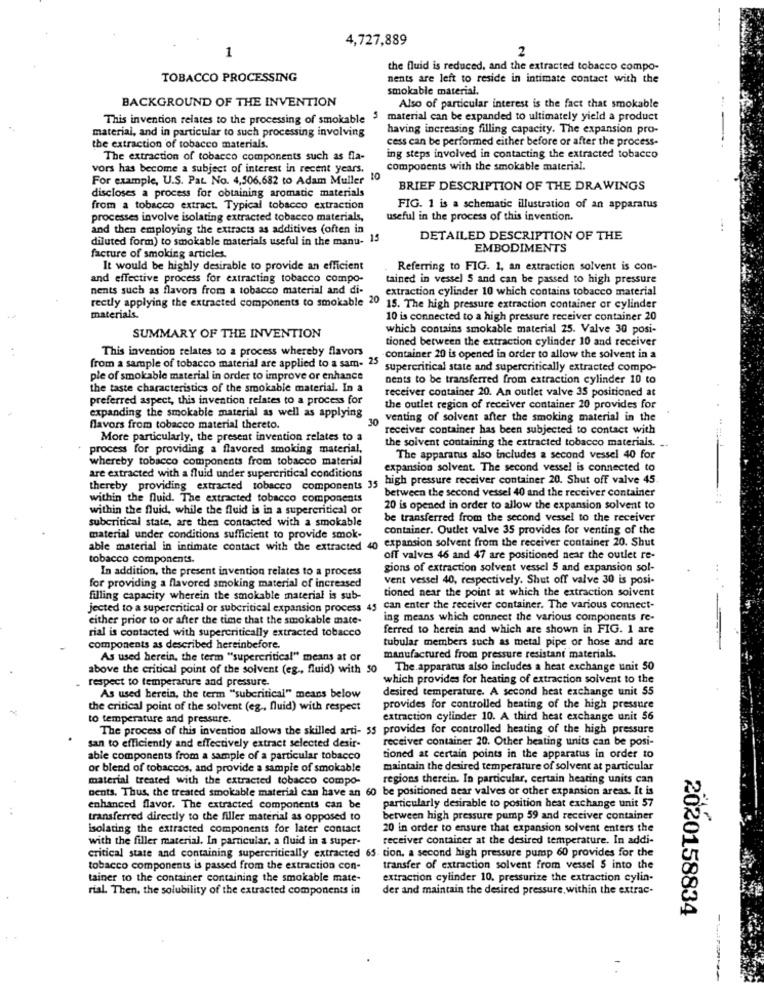
4,727,889
1
2
the fluid is reduced, and the extracted tobacco compo-
TOBACCO PROCESSING
nents are left to reside in intimate contact with the
smokable material.
BACKGROUND OF THE INVENTION
Also of particular interest is the fact that smokable
This invention relates to the processing of smokable
material can be expanded to ultimately yield a product
material, and in particular to such processing involving
having increasing filling capacity. The expansion pro-
cess can be performed either before or after the process-
the extraction of tobacco materials.
The extraction of tobacco components such as fla-
ing steps involved in contacting the extracted tobacco
vors has become a subject of interest in recent years.
components with the smokable material.
For example, U.S. Pat. No. 4,506,682 to Adam Muller 10
discloses a process for obtaining aromatic materials
BRIEF DESCRIPTION OF THE DRAWINGS
from a tobacco extract. Typical tobacco extraction
FIG. 1 is a schematic illustration of an apparatus
processes involve isolating extracted tobacco materials,
useful in the process of this invention.
and then employing the extracts as additives (often in
diluted form) to smokable materials useful in the manu- 13
DETAILED DESCRIPTION OF THE
EMBODIMENTS
facture of smoking articles.
It would be highly desirable to provide an efficient
Referring to FIG. 1, an extraction solvent is con-
and effective process for extracting tobacco compo-
tained in vessel S and can be passed to high pressure
nents such as flavors from a tobacco material and di-
extraction cylinder 10 which contains tobacco material
rectly applying the extracted components to smokable 20 15. The high pressure extraction container or cylinder
materials.
10 is connected to a high pressure receiver container 20
which contains smokable material 25. Valve 30 posi-
SUMMARY OF THE INVENTION
tioned between the extraction cylinder 10 and receiver
This invention relates to a process whereby flavors
from a sample of tobacco material are applied to a sam- 25
-container 20 is opened in order to allow the solvent in a
supercritical state and supercritically extracted compo-
ple of smokable material in order to improve or enhance
nents to be transferred from extraction cylinder 10 to
the taste characteristics of the smokable material. In a
receiver container 20. An outlet valve 35 positioned at
preferred aspect, this invention relates to a process for
the outlet region of receiver container 20 provides for
expanding the smokable material as well as applying
30
venting of solvent after the smoking material in the
flavors from tobacco material thereto.
receiver container has been subjected to contact with
More particularly, the present invention relates to a
the solvent containing the extracted tobacco materials. ..
process for providing a flavored smoking material,
whereby tobacco components from tobacco material
The apparatus also includes a second vessel 40 for
expansion solvent. The second vessel is connected to
are extracted with a fluid under supercritical conditions
high pressure receiver container 20. Shut off valve 45
thereby providing extracted tobacco components 35
between the second vessel 40 and the receiver container
within the fluid. The extracted tobacco components
within the fluid, while the fluid is in a supercritical or
20 is opened in order to allow the expansion solvent to
subcritical state, are then contacted with a smokable
be transferred from the second vessel to the receiver
container. Outlet valve 35 provides for venting of the
material under conditions sufficient to provide smok-
expansion solvent from the receiver container 20. Shut
able material in intimate contact with the extracted 40
tobacco components.
off valves 46 and 47 are positioned near the outlet re-
In addition, the present invention relates to a process
gions of extraction solvent vessel 5 and expansion sol-
for providing a flavored smoking material of increased
vent vessel 40, respectively. Shut off valve 30 is posi-
tioned near the point at which the extraction solvent
filling capacity wherein the smokable material is sub-
jected to a supercritical or subcritical expansion process 45 can enter the receiver container. The various connect-
either prior to or after the time that the smokable mate-
ing means which connect the various components re-
rial is contacted with supercritically extracted tobacco
ferred to herein and which are shown in FIG. 1 are
tubular members such as metal pipe or hose and are
components as described hereinbefore.
As used herein. the term "supercritical" means at or
manufactured from pressure resistant materials.
above the critical point of the solvent (eg ., fluid) with 50 The apparatus also includes a heat exchange unit 50
respect to temperature and pressure.
which provides for heating of extraction solvent to the
desired temperature. A second heat exchange unit 55
As used herein, the term "subcritical" means below
the critical point of the solvent (eg ., fluid) with respect
provides for controlled heating of the high pressure
to temperature and pressure.
extraction cylinder 10. A third heat exchange unit 56
The process of this invention allows the skilled arti- 55 provides for controlled heating of the high pressure
receiver container 20. Other beating units can be posi-
san to efficiently and effectively extract selected desir-
able components from a sample of a particular tobacco
tioned at certain points in the apparatus in order to
or blend of tobaccos, and provide a sample of smokable
maintain the desired temperature of solvent at particular
material treated with the extracted tobacco compo-
regions therein. In particular, certain heating units can
Dents. Thus, the treated smokable material can have an 60 be positioned near valves or other expansion areas. It is
enhanced flavor. The extracted components can be
particularly desirable to position heat exchange unit 57
transferred directly to the filler material as opposed to
between high pressure pump 59 and receiver container
isolating the extracted components for later contact
20 in order to ensure that expansion solvent enters the
with the filler material. In particular, a fluid in a super-
receiver container at the desired temperature. In addi-
critical state and containing supercritically extracted 65 tion. a second high pressure pump 60 provides for the
tobacco components is passed from the extraction con-
transfer of extraction solvent from vessel S into the
tainer to the container containing the smokable mate-
extraction cylinder 10. pressurize the extraction cylin-
rial. Then, the solubility of the extracted components in
der and maintain the desired pressure, within the extrac-
2020158834